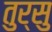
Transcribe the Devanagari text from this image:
तुर्सु